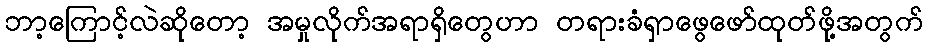
ဘာ့ကြောင့်လဲဆိုတော့ အမှုလိုက်အရာရှိတွေဟာ တရားခံရှာဖွေဖော်ထုတ်ဖို့အတွက်